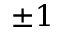
\pm 1